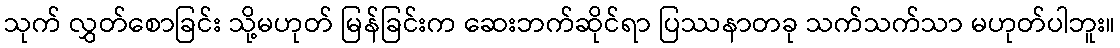
သုက် လွှတ်စောခြင်း သို့မဟုတ် မြန်ခြင်းက ဆေးဘက်ဆိုင်ရာ ပြဿနာတခု သက်သက်သာ မဟုတ်ပါဘူး။